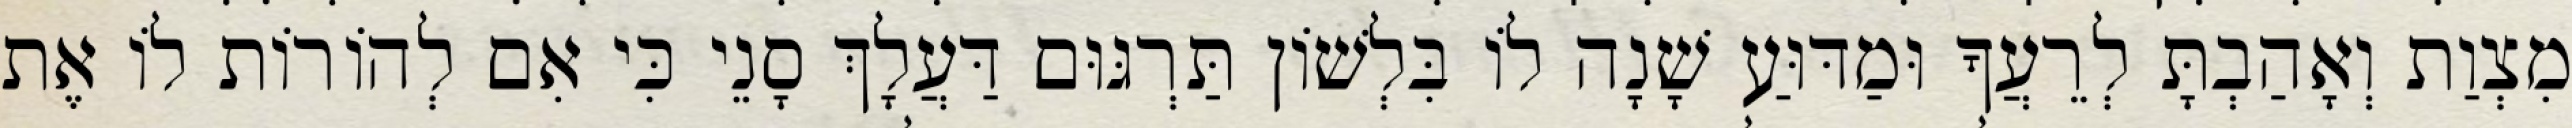
מִצְוַת וְאָהַבְתָּ לְרֵעֲךָ וּמַדּוּעַ שָׁנָה לוֹ בִּלְשׁוֹן תַּרְגּוּם דַּעֲלָךְ סָנֵי כִּי אִם לְהוֹרוֹת לוֹ אֶת